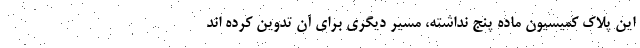
این پلاک کمیسیون ماده پنج نداشته، مسیر دیگری برای آن تدوین کرده اند